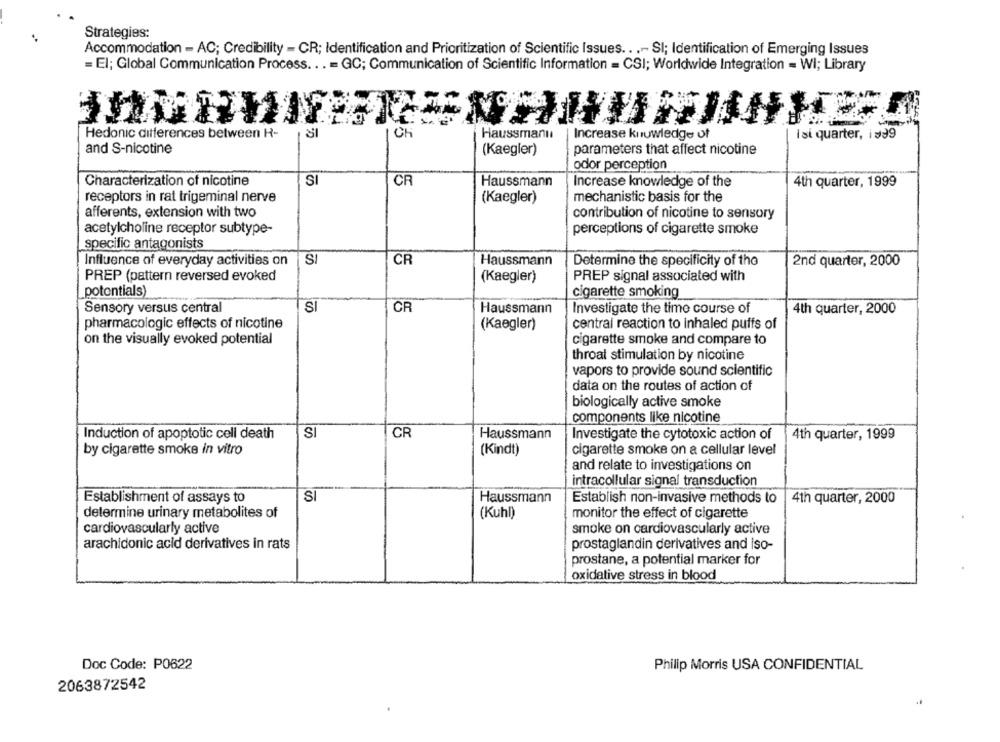
Strategies:
Accommodation - AC; Credibility - CR; Identification and Prioritization of Scientific Issues .. .- SI; Identification of Emerging Issues
= El; Global Communication Process ... = GC; Communication of Scientific Information = CSI; Worldwide Integration = Wi; Library
Hedonic differences between H-
Ch
Haussmann
Increase kuruwledge of
Ist quarter, is99
and S-nicotine
(Kaegler)
parameters that affect nicotine
odor perception
Characterization of nicotine
SI
CR
Haussmann
Increase knowledge of the
4th quarter, 1999
receptors in rat trigeminal nerve
(Kaegler)
mechanistic basis for the
afferents, extension with two
contribution of nicotine to sensory
acetylcholine receptor subtype-
perceptions of cigarette smoke
specific antagonists
S
CR
Influence of everyday activities on
Haussmann
Determine the specificity of the
2nd quarter, 2000
PREP (pattern reversed evoked
(Kaegler)
PREP signal associated with
potentials)
cigarette smoking
Sensory versus central
SI
CR
Haussmann
Investigate the time course of
4th quarter, 2000
pharmacologic effects of nicotine
(Kaegler)
central reaction to inhaled puffs of
on the visually evoked potential
cigarette smoke and compare to
throal stimulation by nicotine
vapors to provide sound scientific
data on the routes of action of
biologically active smoke
components like nicotine
Induction of apoptotic cell death
SI
CR
Haussmann
Investigate the cytotoxic action of
4th quarter, 1999
by cigarette smoke in vitro
(Kindt)
cigarette smoke on a cellular level
and relate to investigations on
intracollular signal transduction
SI
Establishment of assays to
Haussmann
Establish non-invasive methods to
4th quarter, 2000
determine urinary metabolites of
(Kuhl)
monitor the effect of cigarette
cardiovascularly active
smoke on cardiovascularly active
arachidonic acid derivatives in rats
prostaglandin derivatives and iso-
prostane, a potential marker for
oxidative stress in blood
Doc Code: P0622
Philip Morris USA CONFIDENTIAL
2063872542